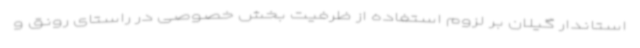
استاندار گیلان بر لزوم استفاده از ظرفیت بخش خصوصی در راستای رونق و